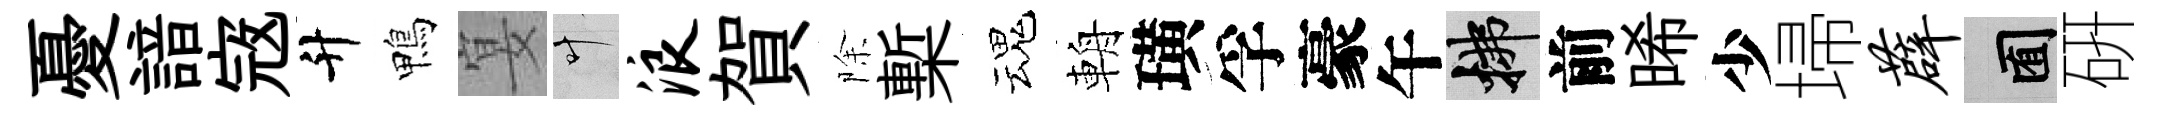
憂諳𡨥升鴨宴叶浪賀除槧魂輈璜孚豪午拂前晞少埽薜囿硏